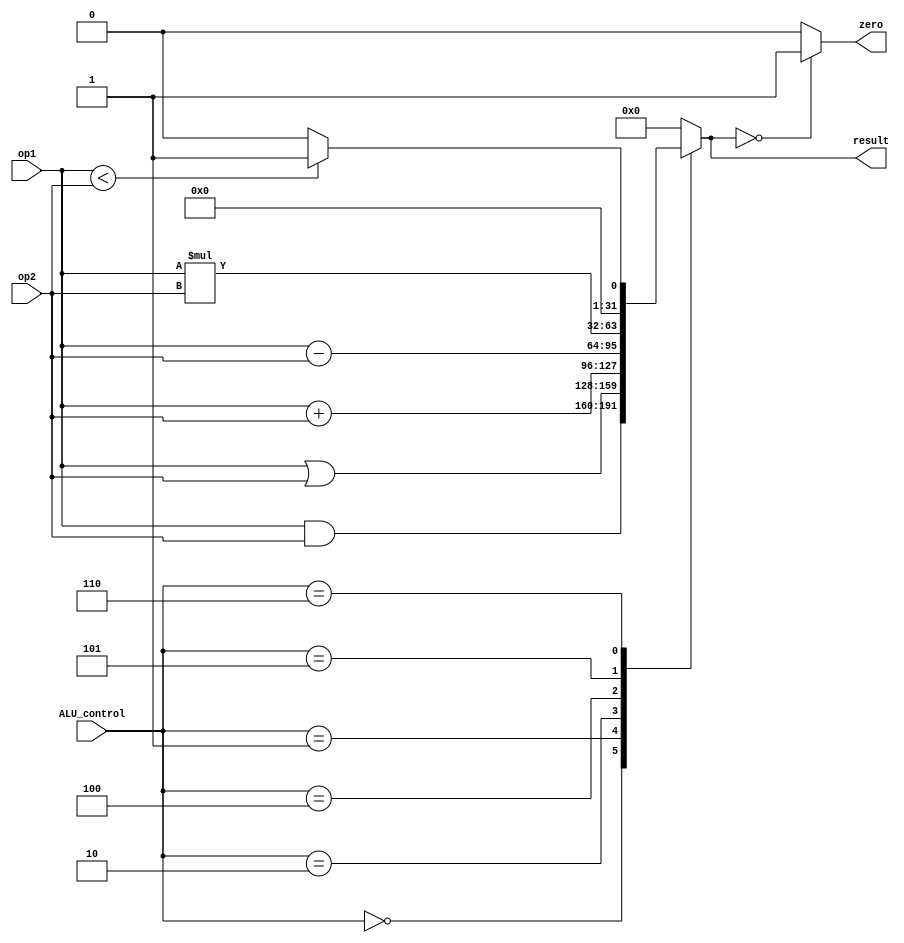
/*modified for testing*/
module ALU 
#(parameter width=32)
(input [width-1:0] op1 ,
input [width-1:0] op2,
input [2:0] ALU_control ,
output reg [width-1:0] result ,
output zero //zero_Flag
);
assign zero =(result==32'b0) ? 1'b1:1'b0;
/*Encoding likewise session*/
localparam [2:0] And=3'b000;
localparam [2:0] Or=3'b001;
localparam [2:0] add=3'b010;
localparam [2:0] sub=3'b100;
localparam [2:0] mul=3'b101;
localparam [2:0] slt=3'b110;
always @ (*)begin
    case(ALU_control)
    And:result=op1&op2;
    Or:result=op1|op2;
    add:result=op1+op2;
    sub:result=op1-op2;
    mul:result=op1*op2;
    slt:result= (op1<op2) ? {{(width-1){1'b0}}, 1'b1}:{(width){1'b0}};  
    default:result={width{1'b0}};
    endcase
end
endmodule